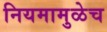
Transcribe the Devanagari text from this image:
नियमामुळेच